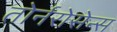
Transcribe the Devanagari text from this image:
तोर्नरोसेन्स